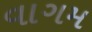
વાગમ